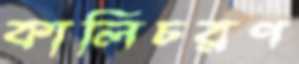
কালিচরণ